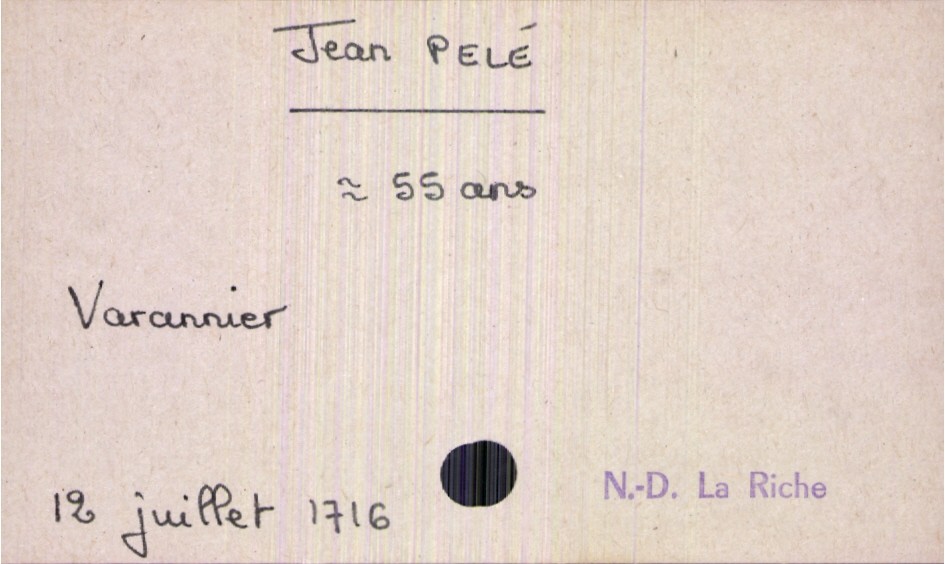
type_acte: Décès
année: 1716
mois: juillet
jour: 12
paroisse: Notre Dame La Riche
défunt_nom: Pelé
défunt_prénom: Jean
défunt_sexe: H
défunt_âge: 55 ans
défunt_profession: varannier